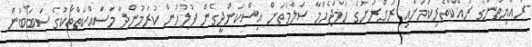
ރައްޔިތުންގެ ރައްކާތެރިކަމަށާއި ރަށްރަށުގެ ހަމަޖެހުމާ ސަލާމަތަށް އިސްކަންދީގެން ފުލުހުން ކުރަމުންދާ މަސައްކަތްތަކުގެ ސަބަބުން